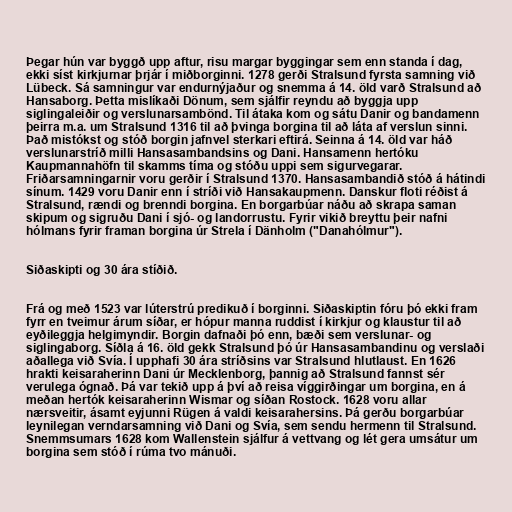
Þegar hún var byggð upp aftur, risu margar byggingar sem enn standa í dag,
ekki síst kirkjurnar þrjár í miðborginni. 1278 gerði Stralsund fyrsta samning við
Lübeck. Sá samningur var endurnýjaður og snemma á 14. öld varð Stralsund að
Hansaborg. Þetta mislíkaði Dönum, sem sjálfir reyndu að byggja upp
siglingaleiðir og verslunarsambönd. Til átaka kom og sátu Danir og bandamenn
þeirra m.a. um Stralsund 1316 til að þvinga borgina til að láta af verslun sinni.
Það mistókst og stóð borgin jafnvel sterkari eftirá. Seinna á 14. öld var háð
verslunarstríð milli Hansasambandsins og Dani. Hansamenn hertóku
Kaupmannahöfn til skamms tíma og stóðu uppi sem sigurvegarar.
Friðarsamningarnir voru gerðir í Stralsund 1370. Hansasambandið stóð á hátindi
sínum. 1429 voru Danir enn í stríði við Hansakaupmenn. Danskur floti réðist á
Stralsund, rændi og brenndi borgina. En borgarbúar náðu að skrapa saman
skipum og sigruðu Dani í sjó- og landorrustu. Fyrir vikið breyttu þeir nafni
hólmans fyrir framan borgina úr Strela í Dänholm ("Danahólmur").

Siðaskipti og 30 ára stíðið.

Frá og með 1523 var lúterstrú predikuð í borginni. Siðaskiptin fóru þó ekki fram
fyrr en tveimur árum síðar, er hópur manna ruddist í kirkjur og klaustur til að
eyðileggja helgimyndir. Borgin dafnaði þó enn, bæði sem verslunar- og
siglingaborg. Síðla á 16. öld gekk Stralsund þó úr Hansasambandinu og verslaði
aðallega við Svía. Í upphafi 30 ára stríðsins var Stralsund hlutlaust. En 1626
hrakti keisaraherinn Dani úr Mecklenborg, þannig að Stralsund fannst sér
verulega ógnað. Þá var tekið upp á því að reisa víggirðingar um borgina, en á
meðan hertók keisaraherinn Wismar og síðan Rostock. 1628 voru allar
nærsveitir, ásamt eyjunni Rügen á valdi keisarahersins. Þá gerðu borgarbúar
leynilegan verndarsamning við Dani og Svía, sem sendu hermenn til Stralsund.
Snemmsumars 1628 kom Wallenstein sjálfur á vettvang og lét gera umsátur um
borgina sem stóð í rúma tvo mánuði.